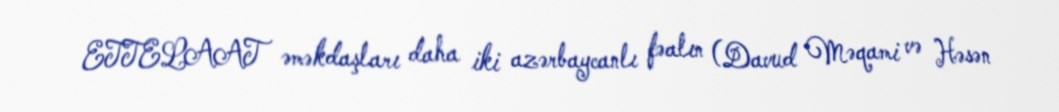
ETTELAAT əməkdaşları daha iki azərbaycanlı fəalın (Davud Məqami və Həsən